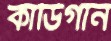
কার্ডিগান